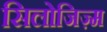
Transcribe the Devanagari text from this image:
सिलोजिज़्म